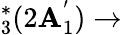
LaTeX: _3^{*}(2\mathbf{A}_{1}^{'})\rightarrow